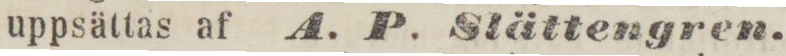
uppsättas af A. P. Stättengren.